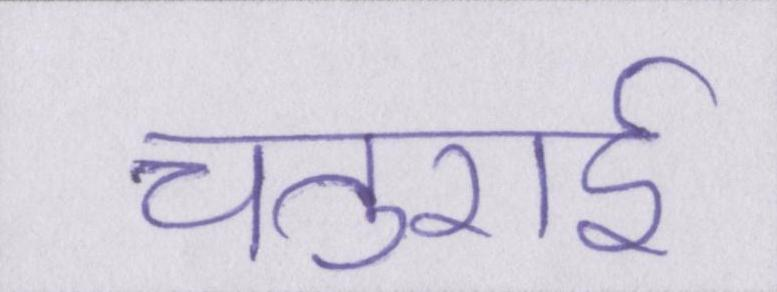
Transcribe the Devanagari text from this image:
चतुराई